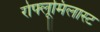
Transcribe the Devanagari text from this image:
रोफ्लूमिलास्ट